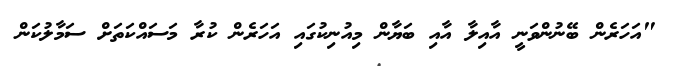
"އަހަރެން ބޭނުންވަނީ އާއިލާ އާއި ބަޔާން މިއުނިކުގައި އަހަރެން ކުރާ މަސައްކަތަށް ސަމާލުކަން